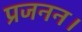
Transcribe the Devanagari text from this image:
प्रजनन।